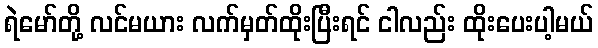
ရဲမော်တို့ လင်မယား လက်မှတ်ထိုးပြီးရင် ငါလည်း ထိုးပေးပါ့မယ်